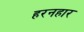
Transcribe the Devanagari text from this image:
हरनहार